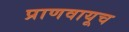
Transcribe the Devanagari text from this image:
प्राणवायूच